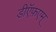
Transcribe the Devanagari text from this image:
डीऍफ़एम्